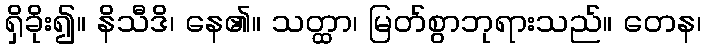
ရှိခိုး၍။ နိသီဒိ၊ နေ၏။ သတ္ထာ၊ မြတ်စွာဘုရားသည်။ တေန၊